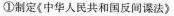
①制定《中华人民共和国反间谍法》